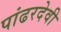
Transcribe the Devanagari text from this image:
पांढरदेवी